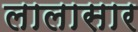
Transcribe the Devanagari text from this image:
लालासार